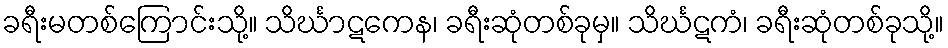
ခရီးမတစ်ကြောင်းသို့။ သိင်္ဃာဋကေန၊ ခရီးဆုံတစ်ခုမှ။ သိင်္ဃဋကံ၊ ခရီးဆုံတစ်ခုသို့။